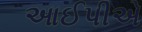
આઈપીએ